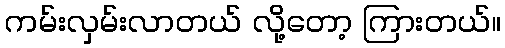
ကမ်းလှမ်းလာတယ် လို့တော့ ကြားတယ်။